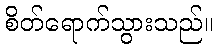
စိတ်ရောက်သွားသည်။